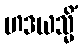
ဟဒယသ္မိံ